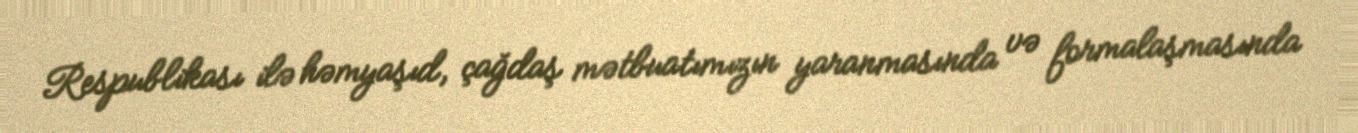
Respublikası ilə həmyaşıd, çağdaş mətbuatımızın yaranmasında və formalaşmasında